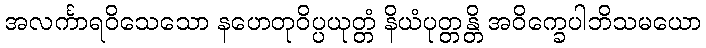
အလင်္ကာရဝိသေသော နဟေတုဝိပ္ပယုတ္တံ နိယံပုတ္တန္တိ အဝိက္ခေပါဘိသမယော